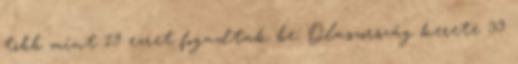
több mint 19 ezret fogadtak be. Olaszország kerete 39